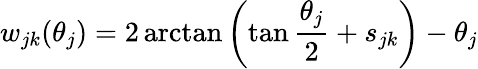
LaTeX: w_{jk}(\theta_{j})=2\arctan\left(\tan\frac{\theta_{j}}2+s_{jk}\right)-\theta_{j}